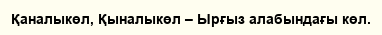
Қаналыкөл, Қыналыкөл – Ырғыз алабындағы көл.